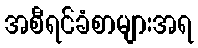
အစီရင်ခံစာများအရ